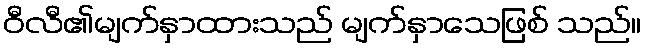
ဝီလီ၏မျက်နှာထားသည် မျက်နှာသေဖြစ် သည်။